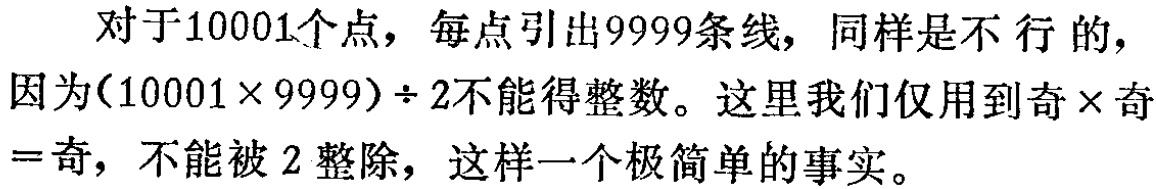
对于10001个点，每点引出9999条线，同样是不行的，因为$(10001\times9999)\div2$不能得整数。这里我们仅用到奇$\times$奇$=$奇，不能被2整除，这样一个极简单的事实。